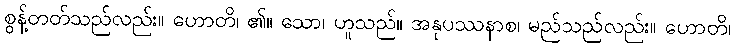
စွန့်တတ်သည်လည်း။ ဟောတိ၊ ၏။ သော၊ ဟူသည်။ အနုပဿနာစ၊ မည်သည်လည်း။ ဟောတိ၊